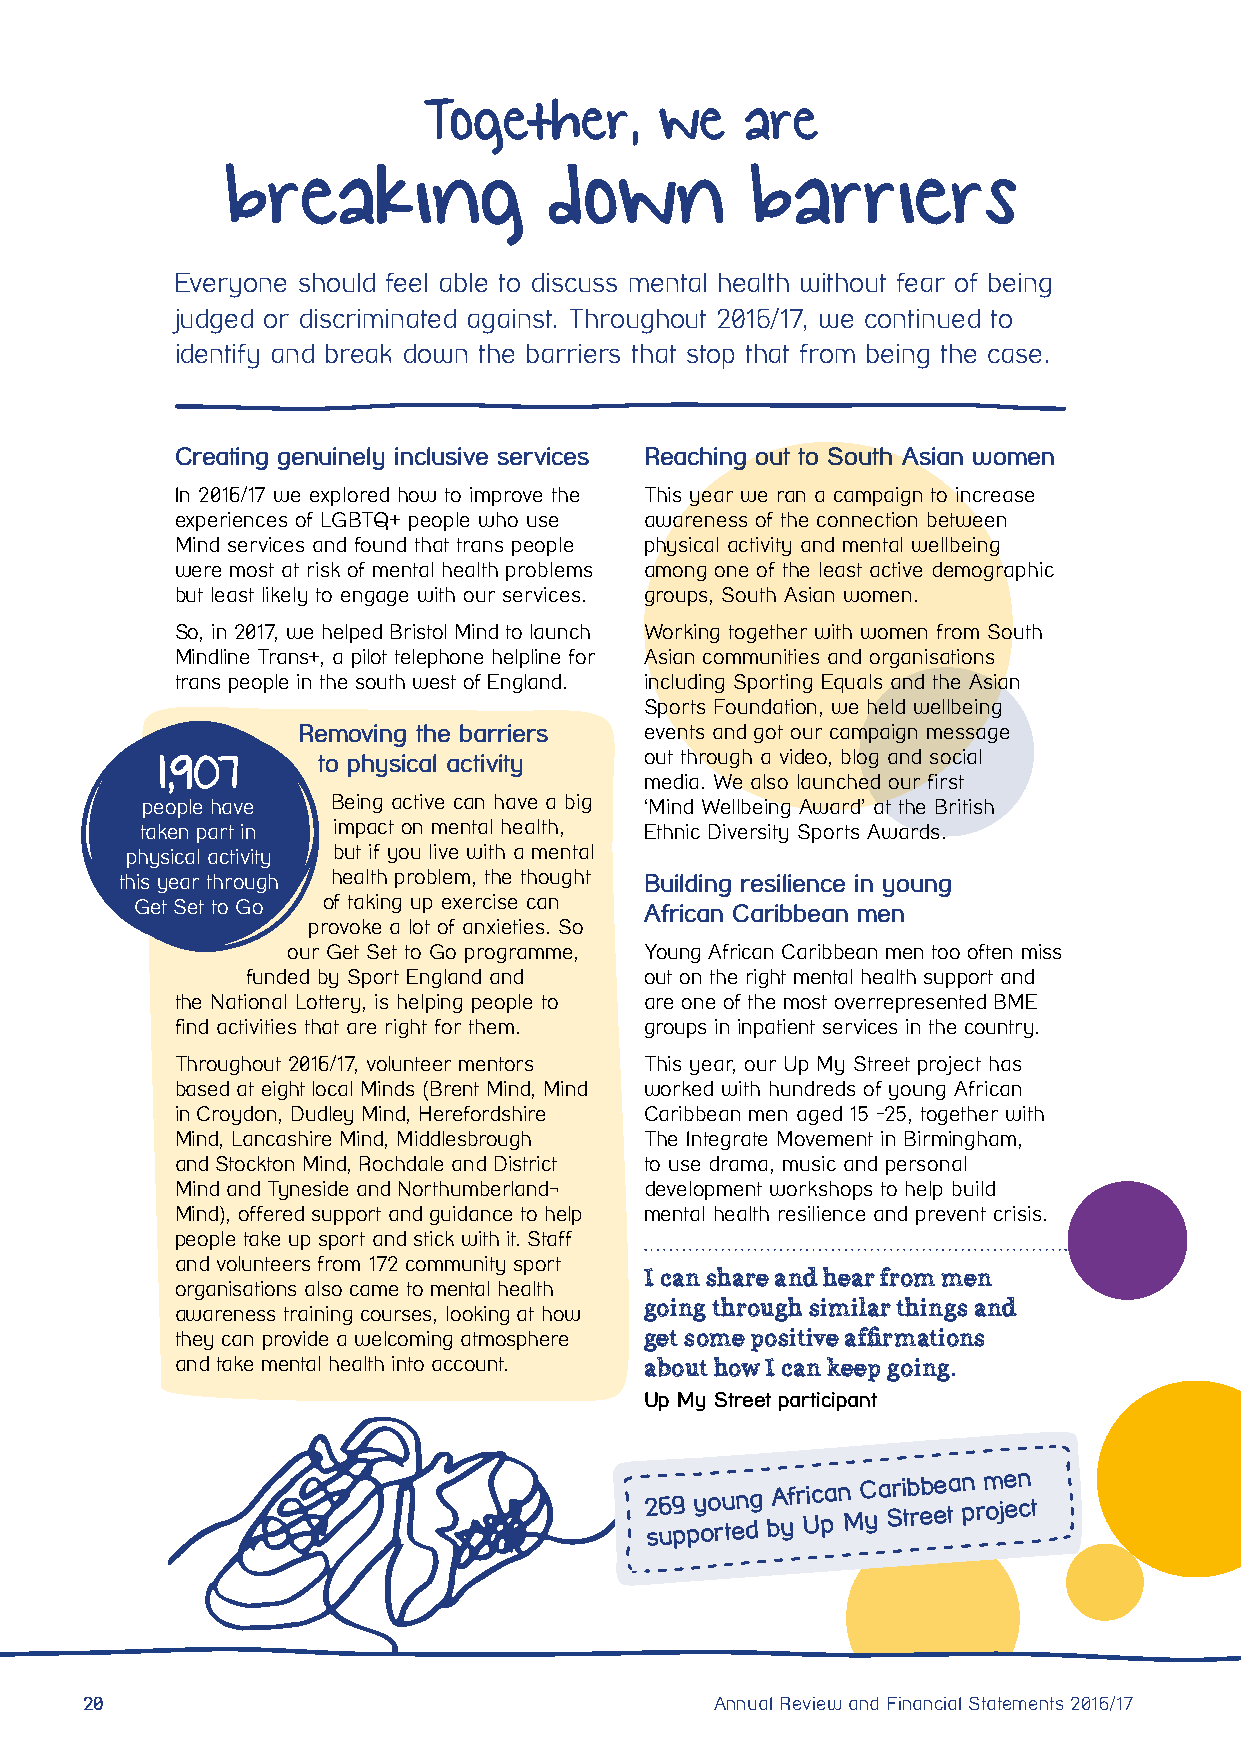
Together,       we   are
 breaking             down         barriers
 Everyone should feel able to discuss mental health without fear of being
 judged or discriminated against. Throughout 2016/17, we continued to
 identify and break down the barriers that stop that from being the case.
 Creating genuinely inclusive services Reaching out to South Asian women
 In 2016/17 we explored how to improve the This year we ran a campaign to increase
 experiences of LGBTQ+ people who use awareness of the connection between
 Mind services and found that trans people physical activity and mental wellbeing
 were most at risk of mental health problems among one of the least active demographic
 but least likely to engage with our services. groups, South Asian women.
 So, in 2017, we helped Bristol Mind to launch Working together with women from South
 Mindline Trans+, a pilot telephone helpline for Asian communities and organisations
 trans people in the south west of England. including Sporting Equals and the Asian
 Sports Foundation, we held wellbeing
 Removing the barriers  events and got our campaign message
 1,907      to physical activity  out through a video, blog and social
 media. We also launched our first
 people have  Being active can have a big ‘Mind Wellbeing Award’ at the British
 taken part in impact on mental health, Ethnic Diversity Sports Awards.
 physical activity but if you live with a mental
 this year through health problem, the thought Building resilience in young
 Get Set to Go of taking up exercise can African Caribbean men
 provoke a lot of anxieties. So
 our Get Set to Go programme, Young African Caribbean men too often miss
 funded by Sport England and out on the right mental health support and
 the National Lottery, is helping people to are one of the most overrepresented BME
 find activities that are right for them. groups in inpatient services in the country.
 Throughout 2016/17, volunteer mentors This year, our Up My Street project has
 based at eight local Minds (Brent Mind, Mind worked with hundreds of young African
 in Croydon, Dudley Mind, Herefordshire Caribbean men aged 15 -25, together with
 Mind, Lancashire Mind, Middlesbrough The Integrate Movement in Birmingham,
 and Stockton Mind, Rochdale and District to use drama, music and personal
 Mind and Tyneside and Northumberland¬ development workshops to help build
 Mind), offered support and guidance to help mental health resilience and prevent crisis.
 people take up sport and stick with it. Staff
 and volunteers from 172 community sport
 I can share and hear from men
 organisations also came to mental health
 awareness training courses, looking at how going through similar things and
 they can provide a welcoming atmosphere get some positive affirmations
 and take mental health into account. about how I can keep going.
 Up My Street participant
 2 s6 u9
 p
 py oo ru ten dg bA yf r Uic pa n
 M
 C ya Sri tb reb ee ta n p rm oje en ct
 20                                        Annual Review and Financial Statements 2016/17